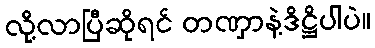
လို့လာပြီဆိုရင် တဏှာနဲ့ဒိဋ္ဌိပါပဲ။